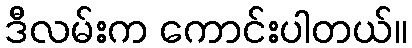
ဒီလမ်းက ကောင်းပါတယ်။